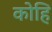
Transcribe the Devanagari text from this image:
कोहि